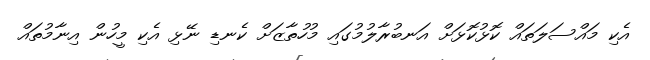
އެކި މައްސަލަތައް ކޮޅުކޮޅަށް އަނބުރާލުމުގައި މުހުތާޒަށް ކެނޑި ނޭޅި އެކި މީހުން އިނާމުތައް